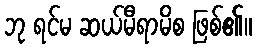
ဘု ရင်မ ဆယ်မီရာမိစ ဖြစ်၏။